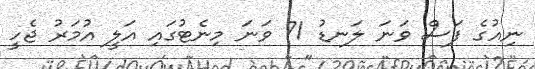
ނިއުގެ ފަސް ވަނަ ލަނޑު 71 ވަނަ މިނެޓުގައި އަލީ އުމަރު ޖެހީ